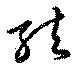
結